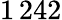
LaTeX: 1\, 242